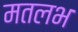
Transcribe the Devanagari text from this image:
मतलभ